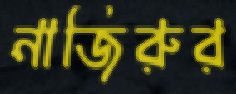
নাজিরুর